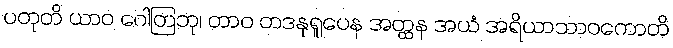
ပတုတိ ယာဝ ဂေါတြဘု၊ တာဝ တဒနုရူပေန အတ္ထန အယံ အရိယာသာဝကောတိ